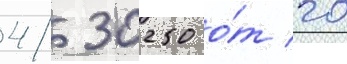
4/ 30250 о́т 20